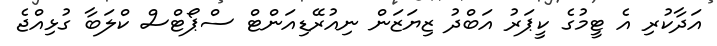
އަދާކުރި އެ ޓީމުގެ ކީޕަރު އަބްދު ޒިޔަޒަން ނިއުރޭޑިއަންޓް ސްޕޯޓްސް ކްލަބާ ގުޅިއްޖެ